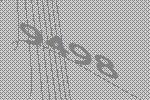
9498